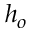
h _ { o }